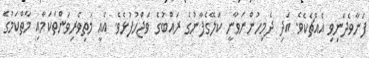
ފަނާވެދަނިވި އެއްޗެކެވެ. އަދި ދެމިހުންނަވާނީ ކަލޭގެފާނުގެ ރައްބުގެ ވަޖްހުފުޅެވެ. އެއީ މަތިވެރިވަންތަކަމާއި މާތްކަމުގެ